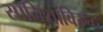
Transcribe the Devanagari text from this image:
स्पॅनिशांविरुद्ध